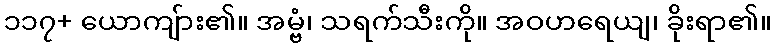
၁၁၇+ ယောကျ်ား၏။ အမ္ဗံ၊ သရက်သီးကို။ အဝဟရေယျ၊ ခိုးရာ၏။